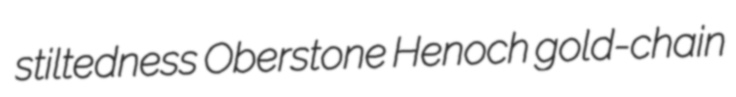
stiltedness Oberstone Henoch gold-chain